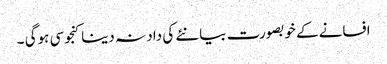
افسانے کے خوبصورت بیانئے کی داد نہ دینا کنجوسی ہوگی ۔